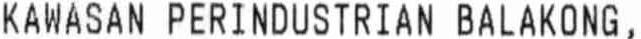
KWANSAN PERINDUSTRIAN BLANKONG,